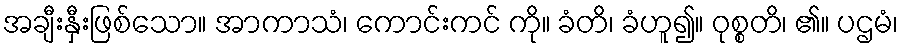
အချီးနှီးဖြစ်သော။ အာကာသံ၊ ကောင်းကင် ကို။ ခံတိ၊ ခံဟူ၍။ ဝုစ္စတိ၊ ၏။ ပဌမံ၊